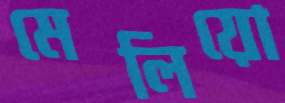
মেলিয়ো